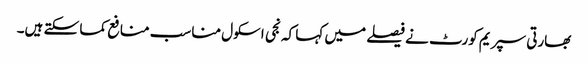
بھارتی سپریم کورٹ نے فیصلے میں کہا کہ نجی اسکول مناسب منافع کما سکتے ہیں۔